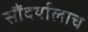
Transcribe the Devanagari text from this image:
सौंदर्यालाच